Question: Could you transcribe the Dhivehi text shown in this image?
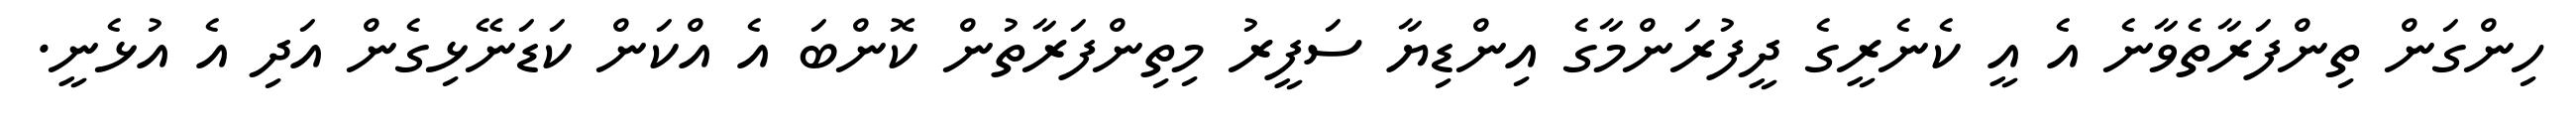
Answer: ހިންގަން ތިންފަރާތެވާނެ އެ އީ ކެނެރީގެ ދީފުރަންމާގެ އިންޑިޔާ ސަފީރު މިތިންފަރާތުން ކޮންބަ އެ އްކަން ކަޑަނޭޅިގެން އަދި އެ އުޅެނީ.